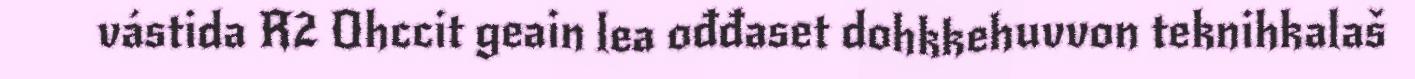
vástida R2 Ohccit geain lea ođđaset dohkkehuvvon teknihkalaš